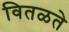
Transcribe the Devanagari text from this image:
वितळते